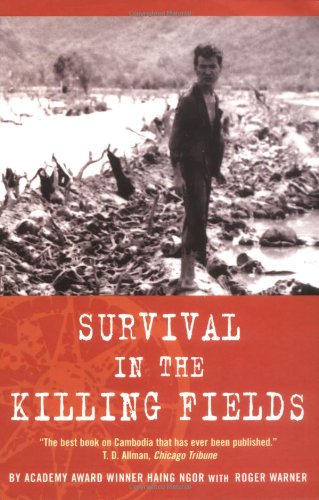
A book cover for Survival in the Killing Fields; Haing Ngor; Biographies & Memoirs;